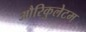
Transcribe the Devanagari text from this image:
औरिकुलेटम